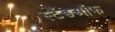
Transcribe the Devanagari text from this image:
स्टैंडऑफ